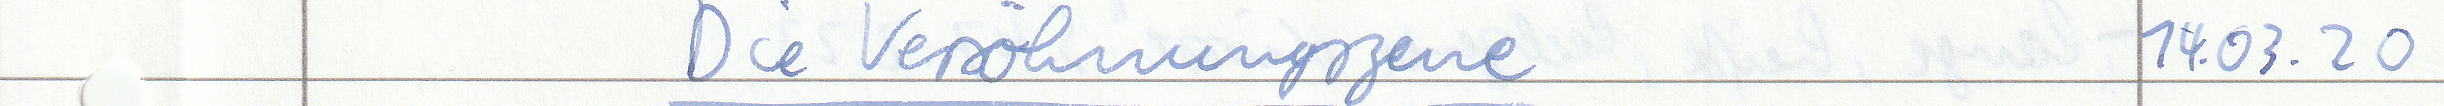
Die Versöhnungszene